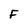
Character: F